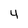
Character: 4